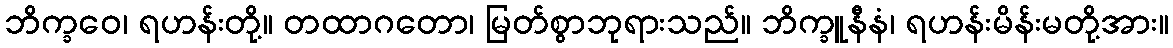
ဘိက္ခဝေ၊ ရဟန်းတို့။ တထာဂတော၊ မြတ်စွာဘုရားသည်။ ဘိက္ခူနီနံ၊ ရဟန်းမိန်းမတို့အား။